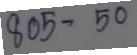
805 - 50